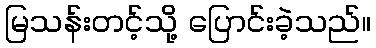
မြသန်းတင့်သို့ ပြောင်းခဲ့သည်။